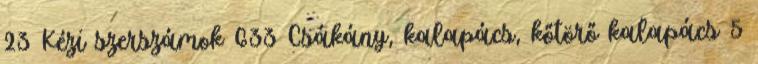
23 Kézi szerszámok 633 Csákány, kalapács, kőtörő kalapács 5